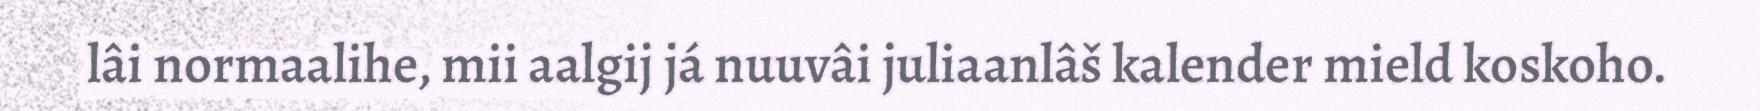
lâi normaalihe, mii aalgij já nuuvâi juliaanlâš kalender mield koskoho.